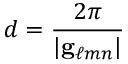
d = { \frac { 2 \pi } { | \mathbf { g } _ { \ell m n } | } }